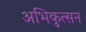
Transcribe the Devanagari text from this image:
अभिकुत्सन